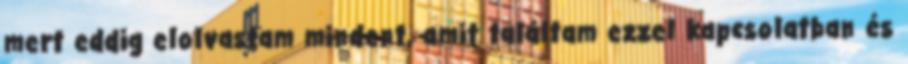
mert eddig elolvastam mindent, amit találtam ezzel kapcsolatban és